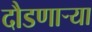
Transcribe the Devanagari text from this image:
दौडणाऱ्या